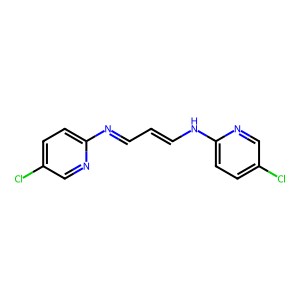
SMILES: Clc1ccc(N=CC=CNc2ccc(Cl)cn2)nc1
Inhibits HIV replication: No